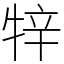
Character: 𤙡